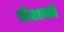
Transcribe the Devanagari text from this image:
पौशाकों